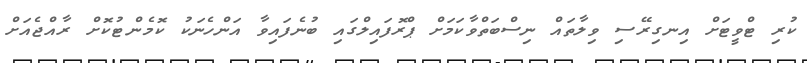
ކުރި ޓްވީޓަށް އިނގިރޭސި ވިލާތައް ނިސްބަތްވާކަމަށް ޕްރޮފައިލްގައި ބުނެފައިވާ އަންހެނަކު ކޮމެންޓުކޮށް ރާއްޖެއަށް